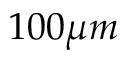
1 0 0 \mu m